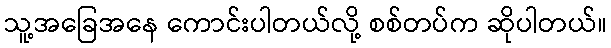
သူ့အခြေအနေ ကောင်းပါတယ်လို့ စစ်တပ်က ဆိုပါတယ်။